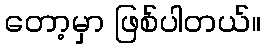
တော့မှာ ဖြစ်ပါတယ်။